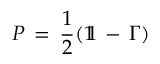
P \, = \, \frac { 1 } { 2 } ( 1 \! \! 1 \, - \, \Gamma )